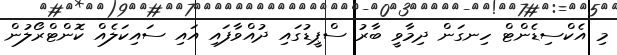
މި އެކްސިޑެންޓް ހިނގަން ދިމާވީ ބާރު ސްޕީޑުގައި ދުއްވާފައި އައި ސައިކަލެއް ކޮންޓްރޯލުން